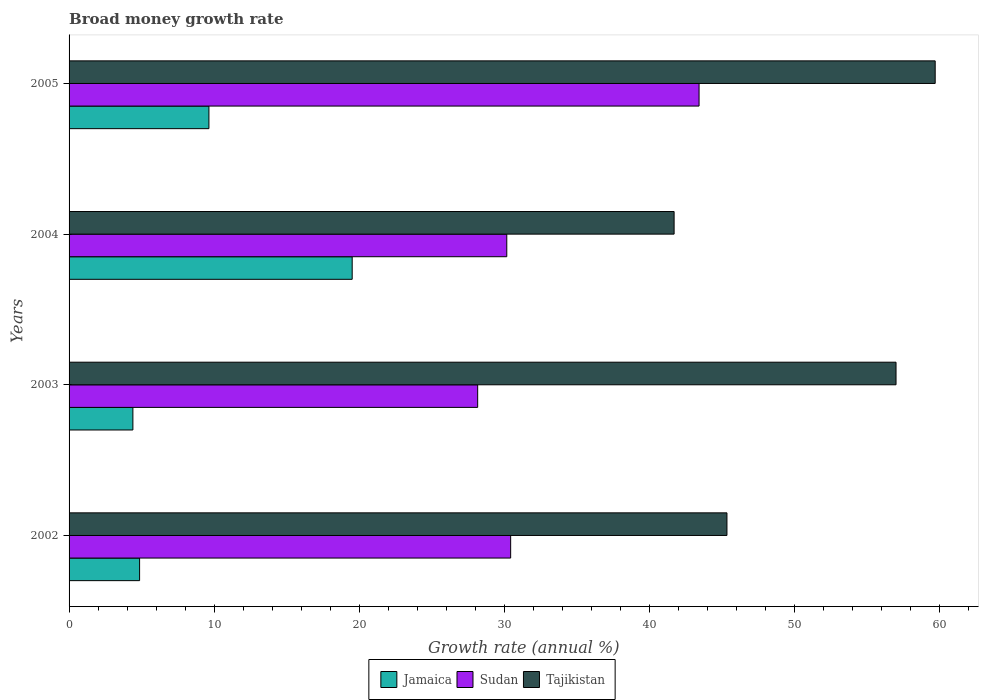
| Years | Jamaica | Sudan | Tajikistan |
 | --- | --- | --- | --- |
 | 2002 | 4.86 | 30.4 | 45.3 |
 | 2003 | 4.4 | 28.2 | 57 |
 | 2004 | 19.5 | 30.2 | 41.7 |
 | 2005 | 9.64 | 43.4 | 59.7 |